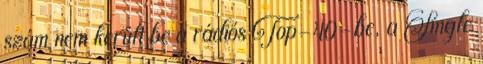
szám nem került be a rádiós Top-40-be, a Single